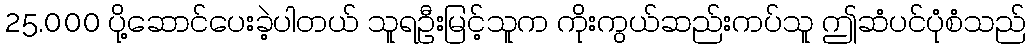
25.000 ပို့ဆောင်ပေးခဲ့ပါတယ် သူရဦးမြင့်သူက ကိုးကွယ်ဆည်းကပ်သူ ဤဆံပင်ပုံစံသည်